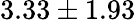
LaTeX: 3.33\pm 1.93